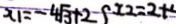
x _ { 1 } = - 4 \sqrt { 3 } + 2 - x _ { 2 } = 2 +